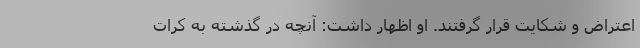
اعتراض و شکایت قرار گرفتند. او اظهار داشت: آنچه در گذشته به کرات